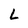
Character: L